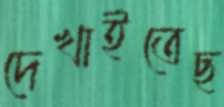
দেখাইতেছ